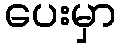
ပေးမှာ